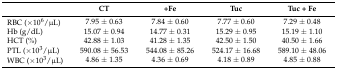
<table><thead><tr><td></td><td><b>CT</b></td><td><b>+Fe</b></td><td><b>Tuc</b></td><td><b>Tuc + Fe</b></td></tr></thead><tbody><tr><td>RBC (×10<sup>6</sup>/μL)</td><td>7.95 ± 0.63</td><td>7.84 ± 0.60</td><td>7.77 ± 0.60</td><td>7.29 ± 0.48</td></tr><tr><td>Hb (g/dL)</td><td>15.07 ± 0.94</td><td>14.77 ± 0.31</td><td>15.29 ± 0.95</td><td>15.19 ± 1.10</td></tr><tr><td>HCT (%)</td><td>42.88 ± 1.03</td><td>41.28 ± 1.35</td><td>42.50 ± 1.50</td><td>40.50 ± 1.66</td></tr><tr><td>PTL (×10<sup>3</sup>/μL)</td><td>590.08 ± 56.53</td><td>544.08 ± 85.26</td><td>524.17 ± 16.68</td><td>589.10 ± 48.06</td></tr><tr><td>WBC (×10<sup>3</sup>/μL)</td><td>4.86 ± 1.35</td><td>4.36 ± 0.69</td><td>4.18 ± 0.89</td><td>4.85 ± 0.88</td></tr></tbody></table>